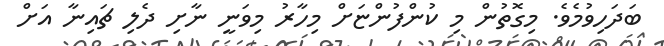
ބަދަހިވުމެވެ. މިގޮތުން މި ކުންފުންޏަށް މިހާރު މިވަނީ ނާށި ދެލި ޗައިނާ އަށް